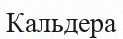
Кальдера